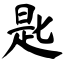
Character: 匙